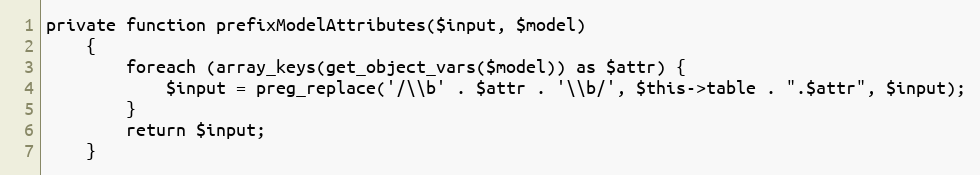
Language: PHP
private function prefixModelAttributes($input, $model)
    {
        foreach (array_keys(get_object_vars($model)) as $attr) {
            $input = preg_replace('/\\b' . $attr . '\\b/', $this->table . ".$attr", $input);
        }
        return $input;
    }